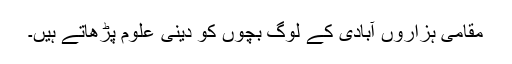
مقامی ہزاروں آبادی کے لوگ بچوں کو دینی علوم پڑھاتے ہیں۔